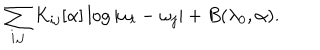
LaTeX: \sum _ { i , j } K _ { i j } [ \alpha ] \log | \omega _ { i } - \omega _ { j } | + B ( \lambda _ { 0 } , \alpha ) .